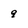
Character: 9